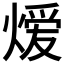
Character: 𬊺